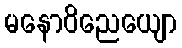
မနောဝိညေယျော